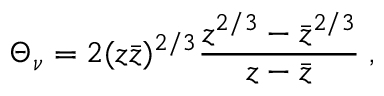
\Theta _ { \nu } = 2 ( z \bar { z } ) ^ { 2 / 3 } \frac { z ^ { 2 / 3 } - \bar { z } ^ { 2 / 3 } } { z - \bar { z } } \; ,